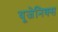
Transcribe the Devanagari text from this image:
यूजेनिक्स